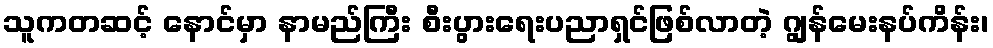
သူကတဆင့် နောင်မှာ နာမည်ကြီး စီးပွားရေးပညာရှင်ဖြစ်လာတဲ့ ဂျွန်မေးနပ်ကိန်း၊